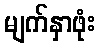
မျက်နှာဖုံး